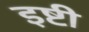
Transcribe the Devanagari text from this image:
इष्टी